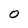
Character: O